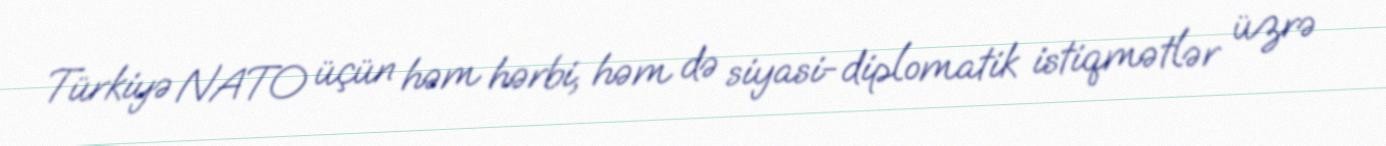
Türkiyə NATO üçün həm hərbi, həm də siyasi-diplomatik istiqmətlər üzrə